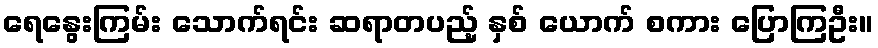
ရေနွေးကြမ်း သောက်ရင်း ဆရာတပည့် နှစ် ယောက် စကား ပြောကြဦး။